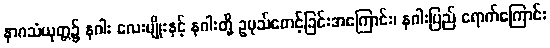
နာဂသံယုတ္တ၌ နဂါး လေးမျိုးနှင့် နဂါးတို့ ဥပုသ်စောင့်ခြင်းအကြောင်း၊ နဂါးပြည် ရောက်ကြောင်း